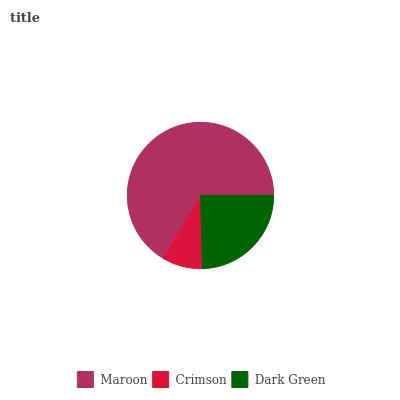
| Maroon | Crimson | Dark Green |
 | --- | --- | --- |
 | 66.6% | 8.9% | 24.5% |